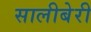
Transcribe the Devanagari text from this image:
सालीबेरी